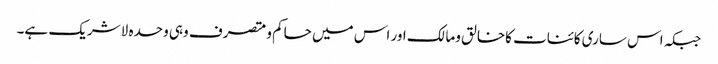
جبکہ اس ساری کائنات کاخالق ومالک اور اس میں حاکم ومتصرف وہی وحدہ لاشریک ہے۔